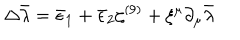
\Delta \bar { \lambda } = \bar { \epsilon } _ { 1 } + \bar { \epsilon } _ { 2 } \zeta ^ { ( 9 ) } + \xi ^ { \mu } \partial _ { \mu } \bar { \lambda }